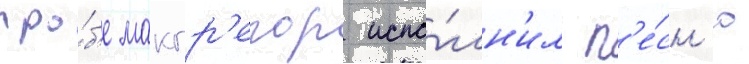
про́б'е макгр'егор испо́лн'ил п'е́сн'ю